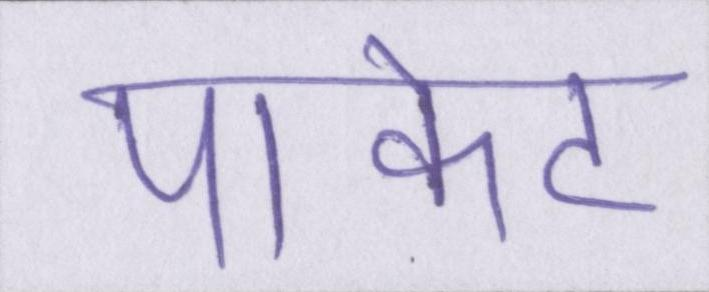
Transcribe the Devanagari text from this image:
पाकेट